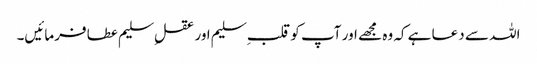
اللہ سے دعا ہے کہ وہ مجھے اور آپ کو قلب ِسلیم اور عقلِ سلیم عطا فرمائیں۔